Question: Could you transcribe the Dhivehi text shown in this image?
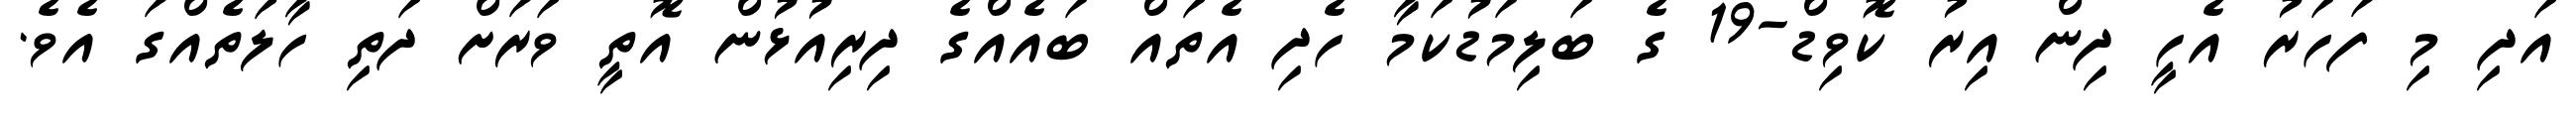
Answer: އަދި މި ފަހަރު އެހީ ދިން އިރު ކޮވިޑް-19 ގެ ބަލިމަޑުކަމާ ހެދި އެތައް ބައެއްގެ ދިރިއުޅުން އޮތީ ވަރަށް ދަތި ހާލަތެއްގަ އެވެ.